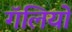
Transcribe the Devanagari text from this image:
गॅलियो